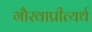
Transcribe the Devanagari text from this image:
गौरवाप्रीत्यर्थ